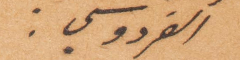
الفردوسي: